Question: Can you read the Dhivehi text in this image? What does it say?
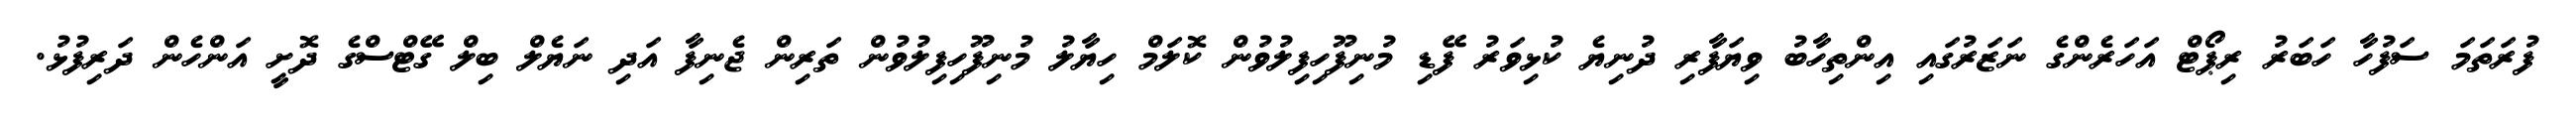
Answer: ފުރަތަމަ ސަފުހާ ހަބަރު ރިޕޯޓް އަހަރެންގެ ނަޒަރުގައި އިންތިހާބު ވިޔަފާރި ދުނިޔެ ކުޅިވަރު ފޭޑި މުނިފޫހިފިލުވުން ކޮލަމް ހިޔާލު މުނިފޫހިފިލުވުން ތަރިން ޖެނިފާ އަދި ނަޔެލް ބިލް ގޭޓްސްގެ ދޮށީ އަންހެން ދަރިފުޅު.